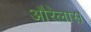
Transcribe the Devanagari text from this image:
औरेलास